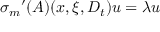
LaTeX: { { \sigma } _ { m } } ^ { \prime } ( A ) ( x , \xi , D _ { t } ) u = \lambda u